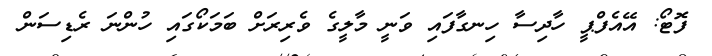
ފޮޓޯ: އޭއެފްޕީ ހާދިސާ ހިނގާފައި ވަނީ މާލީގެ ވެރިރަށް ބަމަކޯގައި ހުންނަ ރެޑިސަން